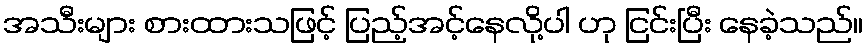
အသီးများ စားထားသဖြင့် ပြည့်အင့်နေလို့ပါ ဟု ငြင်းပြီး နေခဲ့သည်။